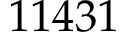
1 1 4 3 1